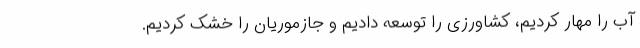
آب را مهار کردیم، کشاورزی را توسعه دادیم و جازموریان را خشک کردیم.